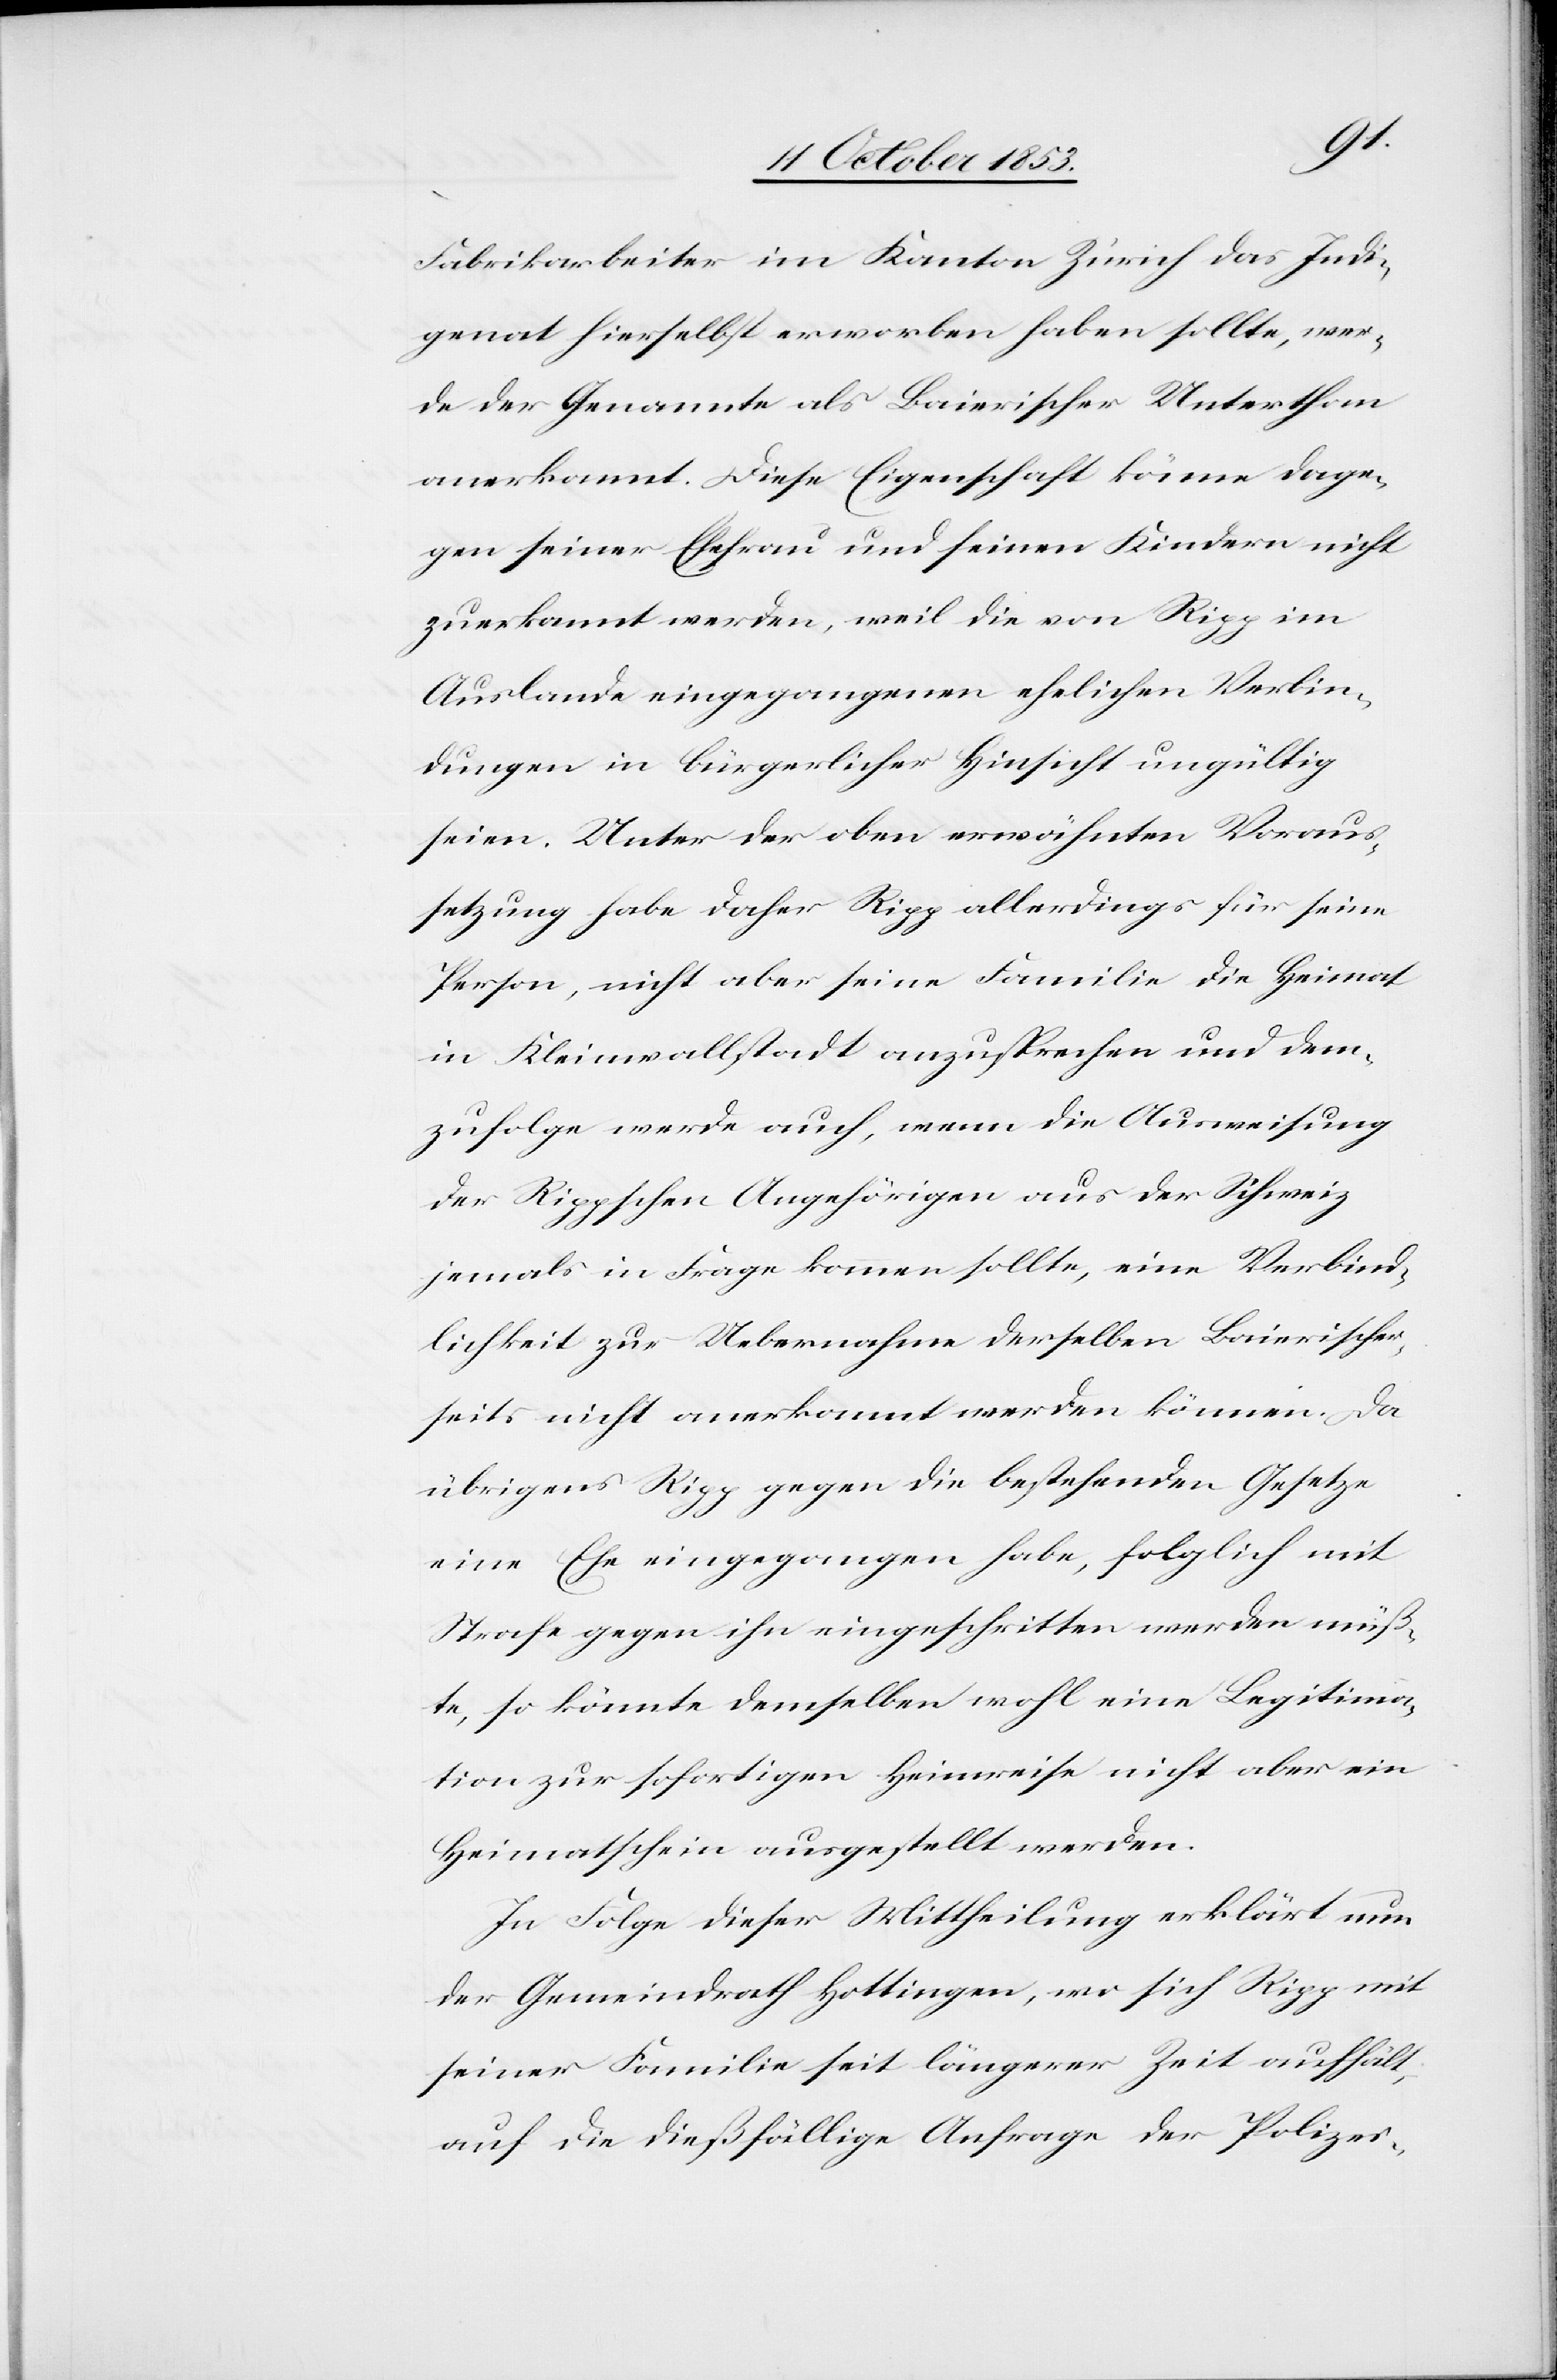
Indi¬
genat hierselbst erworben haben sollte, wer¬
de der Genannte als Baierischer Unterthan
anerkannt. Diese Eigenschaft könne dage¬
gen seiner Ehefrau und seinen Kindern nicht
zuerkannt werden, weil die von Ripp im
Auslande eingegangenen ehelichen Verbin¬
dungen in bürgerlicher Hinsicht ungültig
seien. Unter der oben erwähnten Voraus¬
setzung habe daher Ripp allerdings für seine
Person, nicht aber seine Familie die Heimat
in Kleinwallstadt anzusprechen und dem¬
zufolge werde auch, wenn die Ausweisung
der Rippschen Angehörigen aus der Schweiz
jemals in Frage kommen sollte, eine Verbind¬
lichkeit zur Uebernahme derselben Baierischer¬
seits nicht anerkannt werden können. Da
übrigens Ripp gegen die bestehenden Gesetze
eine Ehe eingegangen habe, folglich mit
Strafe gegen ihn eingeschritten werden müß¬
te, so könnte demselben wohl eine Legitima¬
tion zur sofortigen Heimreise nicht aber ein
Heimatschein ausgestellt werden.
In Folge dieser Mittheilung erklärt nun
der Gemeindrath Hottingen, wo sich Ripp mit
seiner Familie seit längerer Zeit aufhält,
auf die dießfällige Anfrage der Polizei-